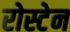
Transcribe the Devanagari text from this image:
रोस्टेन